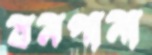
বনপানা